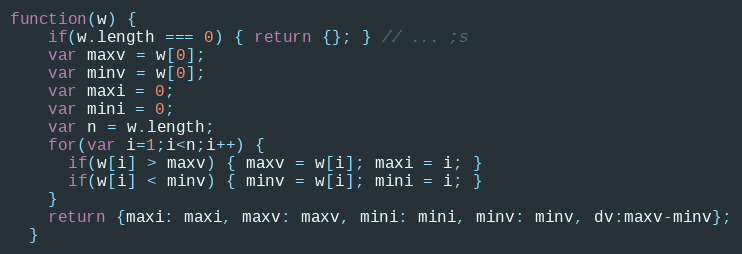
Language: JavaScript
function(w) {
    if(w.length === 0) { return {}; } // ... ;s
    var maxv = w[0];
    var minv = w[0];
    var maxi = 0;
    var mini = 0;
    var n = w.length;
    for(var i=1;i<n;i++) {
      if(w[i] > maxv) { maxv = w[i]; maxi = i; }
      if(w[i] < minv) { minv = w[i]; mini = i; }
    }
    return {maxi: maxi, maxv: maxv, mini: mini, minv: minv, dv:maxv-minv};
  }